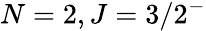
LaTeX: N=2,J=3/2^{-}